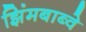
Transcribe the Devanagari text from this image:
झिंमबाब्वे